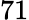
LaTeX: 71